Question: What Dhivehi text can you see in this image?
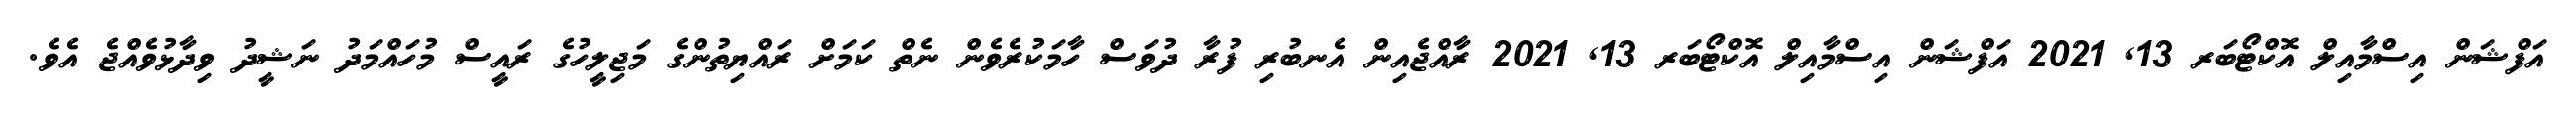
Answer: އަފްޝަން އިސްމާއިލް އޮކްޓޯބަރ 13, 2021 އަފްޝަން އިސްމާއިލް އޮކްޓޯބަރ 13, 2021 ރާއްޖެއިން އެނބުރި ފުރާ ދުވަސް ހާމަކުރެވެން ނެތް ކަމަށް ރައްޔިތުންގެ މަޖިލީހުގެ ރައީސް މުހައްމަދު ނަޝީދު ވިދާޅުވެއްޖެ އެވެ.